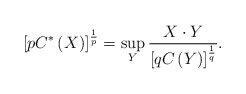
\begin{align*}\left[ pC^{\ast}\left( X\right) \right] ^{\frac{1}{p}}=\sup_{Y}\frac{X\cdot Y}{\left[ qC\left( Y\right) \right] ^{\frac{1}{q}}}.\end{align*}